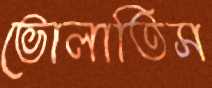
ভোলাতিস